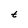
Character: t